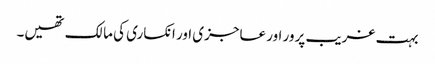
بہت غریب پرور اور عاجزی اور انکساری کی مالک تھیں۔